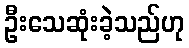
ဦးသေဆုံးခဲ့သည်ဟု